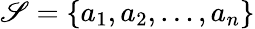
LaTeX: \mathscr{S}=\{ a_{1},a_{2},\dots,a_{n}\}